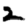
Digit: 2